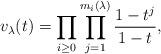
LaTeX: \begin{align*}v_{\lambda}(t) = \prod_{i \geq 0} \prod_{j=1}^{m_i(\lambda)} \frac{1-t^j}{1-t},\end{align*}